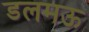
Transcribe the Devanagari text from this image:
डलमऊ